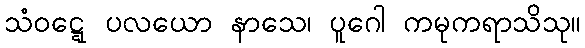
သံဝဋ္ဋေ ပလယော နာသေ၊ ပူဂေါ ကမုကရာသိသု။